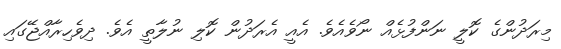
މިރަދުންގެ ކޮލީ ނަންފުޅެއް ނޯވެއެވެ. އެއީ އެރަދުން ކޮލި ނުލާތީ އެވެ. ދިވެހިރާއްޖޭގައި